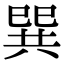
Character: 巽